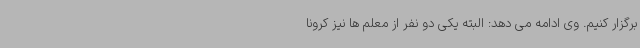
برگزار کنیم. وی ادامه می دهد: البته یکی دو نفر از معلم ها نیز کرونا